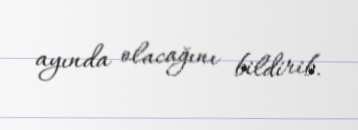
ayında olacağını bildirib.